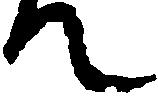
て